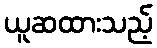
ယူဆထားသည့်